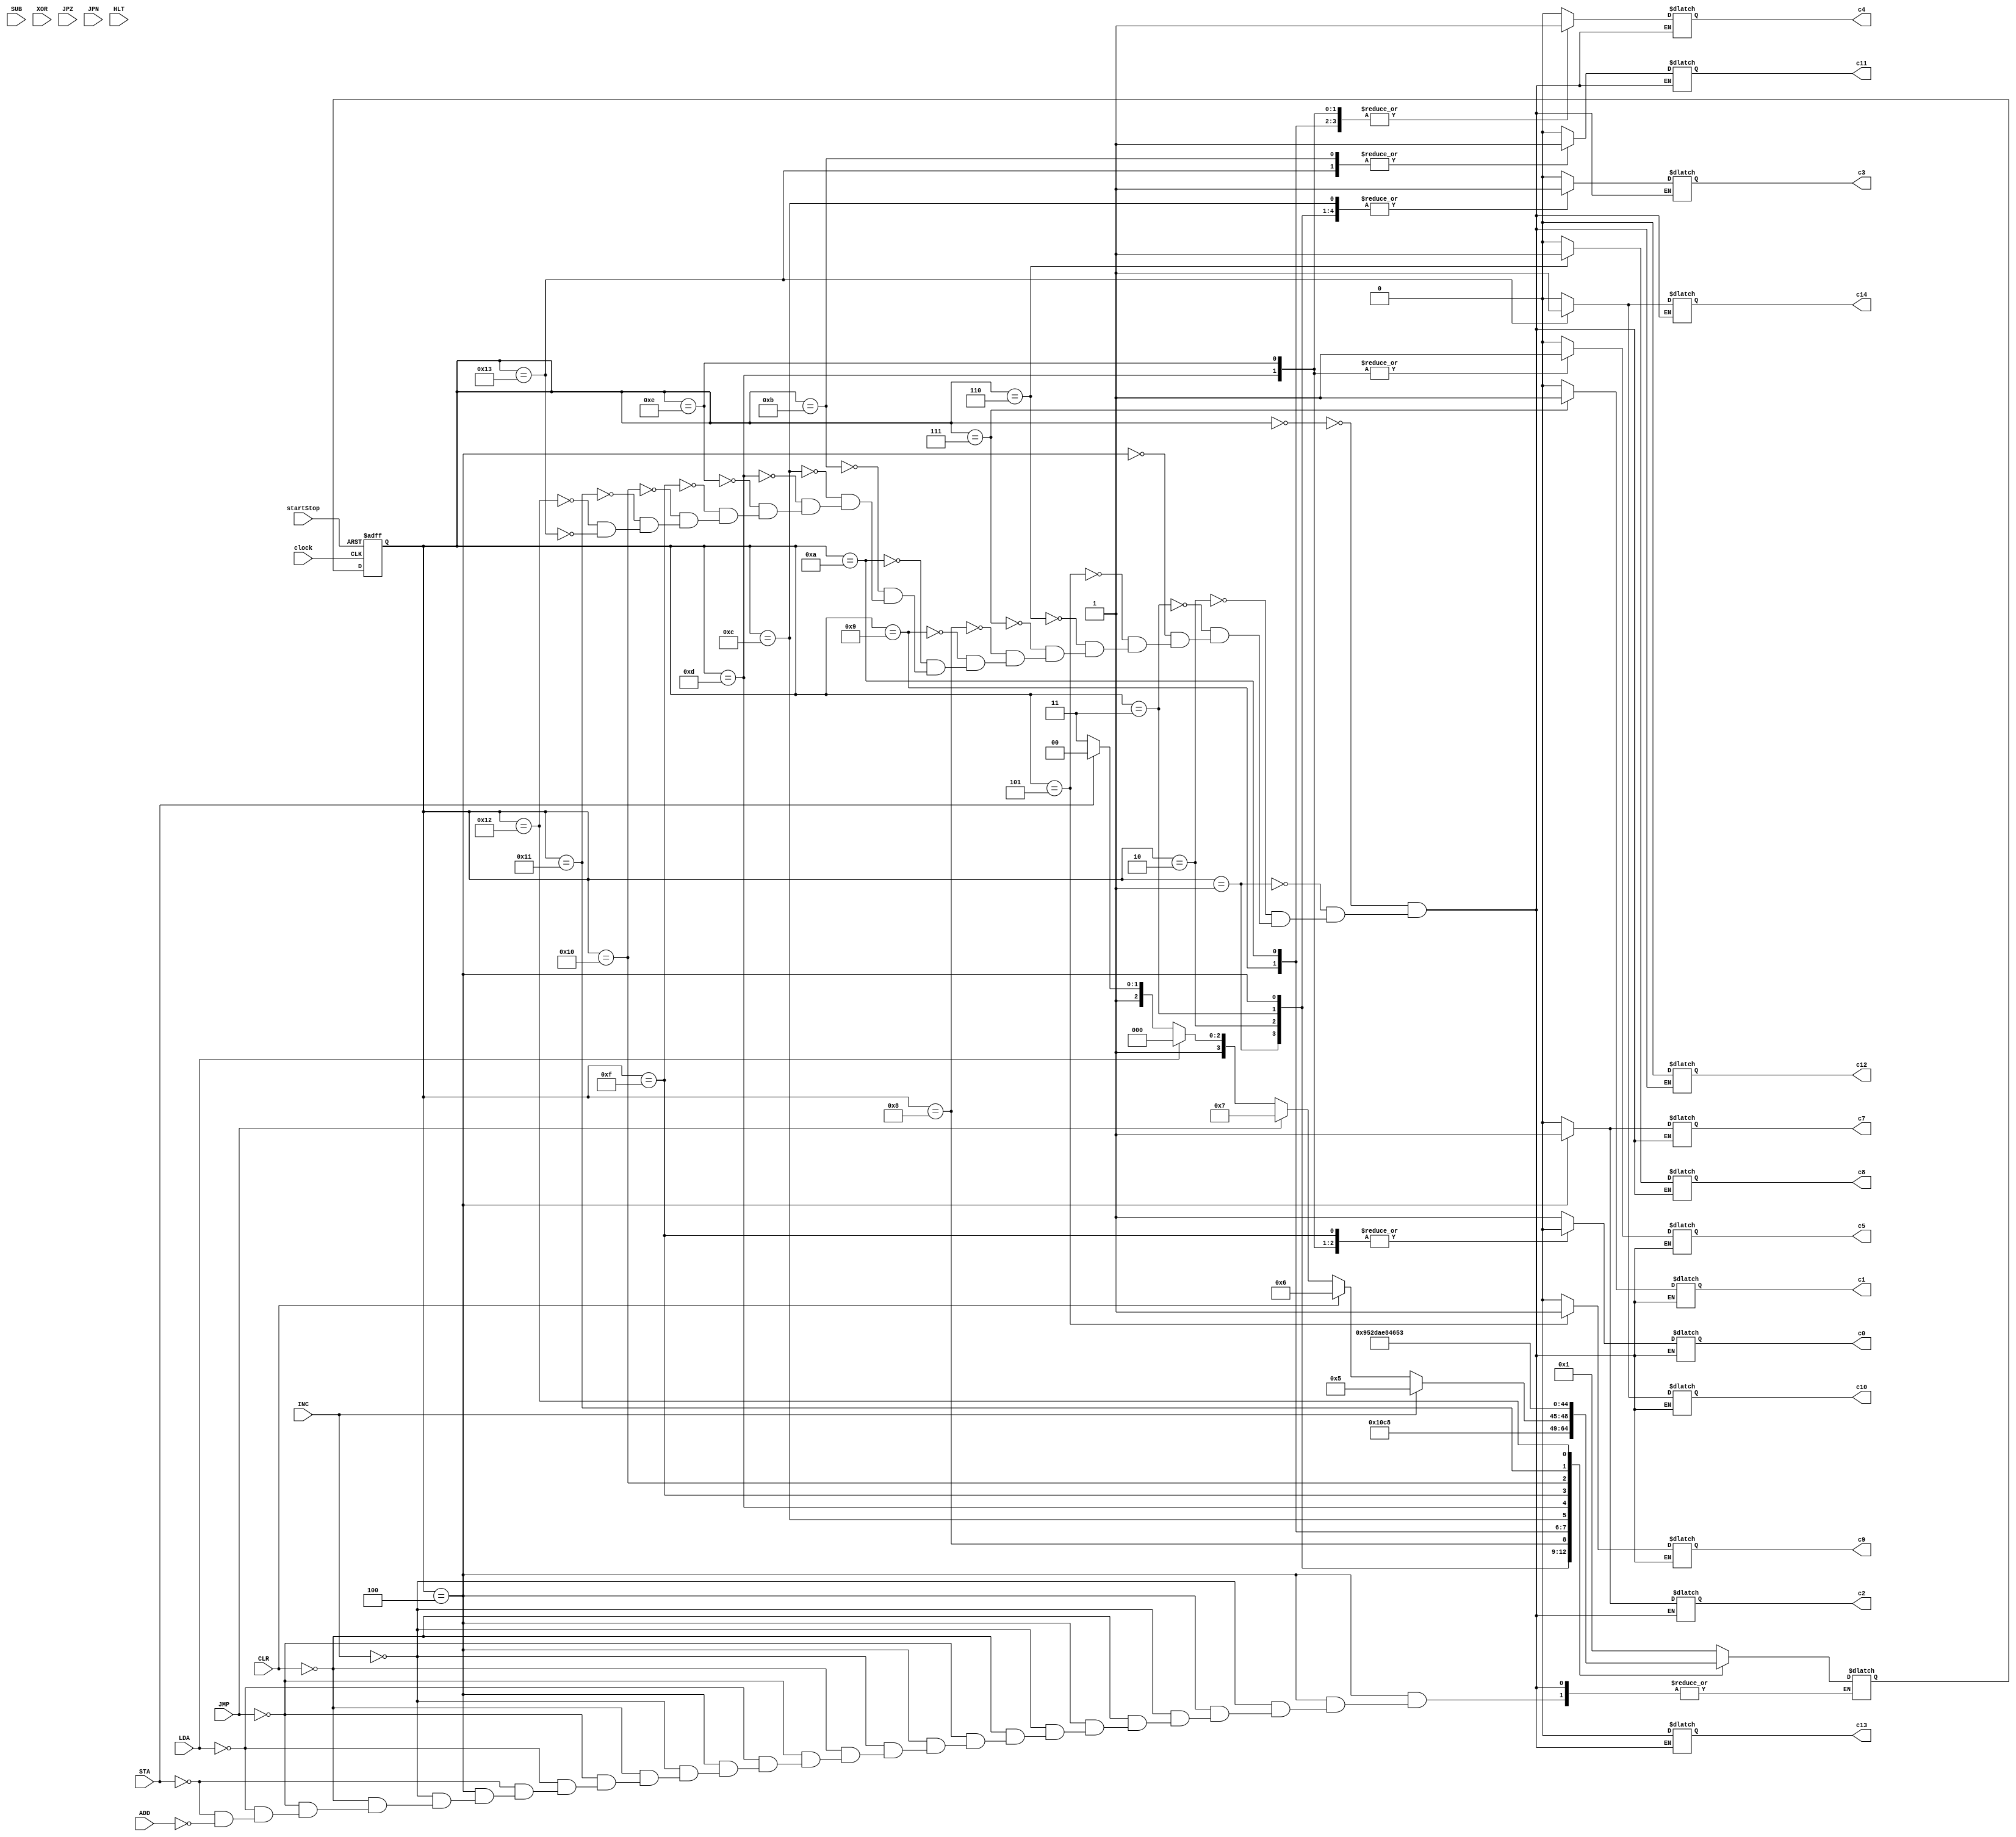
module controller(
	input clock, startStop, 
	input LDA, STA, ADD, SUB, XOR, INC, CLR, JMP, JPZ, JPN, HLT,
	output reg c0, c1, c2, c3, c4, c7, c8, c9, c5, c10, c11, c12, c13, c14
);
	reg [4:0] state, nextstate;
	parameter A=5'b00000, B=5'b00001, C=5'b00010, D=5'b00011, E=5'b00100, F=5'b00101, G=5'b00110, H=5'b00111, I=5'b01000, J=5'b01001,
				 K=5'b01010, L=5'b01011, M=5'b01100, N=5'b01101, O=5'b01110, P=5'b01111, Q=5'b10000, R=5'b10001, S=5'b10010, T=5'b10011,
				 U=5'b10100, V=5'b10101;
	always @ (negedge clock, negedge startStop)
		if(startStop == 1'b0)
			state <= A;
		else
			state <= nextstate;
	always @ (state, LDA, STA, ADD, INC, CLR, JMP)
		case(state)
			A: begin {c0, c1, c2, c3, c4, c7, c8, c9, c5, c10, c11, c12, c13, c14} = 14'b10000000000000; nextstate = B; end
			B: begin {c0, c1, c2, c3, c4, c7, c8, c9, c5, c10, c11, c12, c13, c14} = 14'b00010000000000; nextstate = C; end
			C: begin {c0, c1, c2, c3, c4, c7, c8, c9, c5, c10, c11, c12, c13, c14} = 14'b00011000000000; nextstate = D; end
			D: begin {c0, c1, c2, c3, c4, c7, c8, c9, c5, c10, c11, c12, c13, c14} = 14'b00011000000000; nextstate = E; end
			E: begin {c0, c1, c2, c3, c4, c7, c8, c9, c5, c10, c11, c12, c13, c14} = 14'b00110100000000;
				if(INC) nextstate = F;
					else if(CLR) nextstate = G;
						else if(JMP) nextstate = H;
							else if(LDA) nextstate = I;
								else if(STA) nextstate = M;
									else if(ADD) nextstate = P; end
			F:	begin {c0, c1, c2, c3, c4, c7, c8, c9, c5, c10, c11, c12, c13, c14} = 14'b00000001000000; nextstate = B; end
			G: begin {c0, c1, c2, c3, c4, c7, c8, c9, c5, c10, c11, c12, c13, c14} = 14'b00000010000000; nextstate = B; end
			H: begin {c0, c1, c2, c3, c4, c7, c8, c9, c5, c10, c11, c12, c13, c14} = 14'b01000000000000; nextstate = B; end
			I: begin {c0, c1, c2, c3, c4, c7, c8, c9, c5, c10, c11, c12, c13, c14} = 14'b00000000000000; nextstate = J; end
			J: begin {c0, c1, c2, c3, c4, c7, c8, c9, c5, c10, c11, c12, c13, c14} = 14'b00001000000000; nextstate = K; end
			K: begin {c0, c1, c2, c3, c4, c7, c8, c9, c5, c10, c11, c12, c13, c14} = 14'b00001000000000; nextstate = L; end
			L: begin {c0, c1, c2, c3, c4, c7, c8, c9, c5, c10, c11, c12, c13, c14} = 14'b00000000001000; nextstate = B; end
			M: begin {c0, c1, c2, c3, c4, c7, c8, c9, c5, c10, c11, c12, c13, c14} = 14'b00010000000000; nextstate = N; end
			N: begin {c0, c1, c2, c3, c4, c7, c8, c9, c5, c10, c11, c12, c13, c14} = 14'b00001000100000; nextstate = O; end
			O: begin {c0, c1, c2, c3, c4, c7, c8, c9, c5, c10, c11, c12, c13, c14} = 14'b00001000100000; nextstate = B; end
			
			P: begin {c0, c1, c2, c3, c4, c7, c8, c9, c5, c10, c11, c12, c13, c14} = 14'b00000000000000; nextstate = Q; end
			Q: begin {c0, c1, c2, c3, c4, c7, c8, c9, c5, c10, c11, c12, c13, c14} = 14'b00001000000000; nextstate = R; end
			R: begin {c0, c1, c2, c3, c4, c7, c8, c9, c5, c10, c11, c12, c13, c14} = 14'b00001000000000; nextstate = S; end
			S: begin {c0, c1, c2, c3, c4, c7, c8, c9, c5, c10, c11, c12, c13, c14} = 14'b00000000000000; nextstate = T; end
			T: begin {c0, c1, c2, c3, c4, c7, c8, c9, c5, c10, c11, c12, c13, c14} = 14'b00000000011001; nextstate = B; end
			//U: begin {c0, c1, c2, c3, c4, c7, c8, c9, c5, c10, c11, c12, c13, c14} = 14'b00000000001000; nextstate = V; end
			//V: begin {c0, c1, c2, c3, c4, c7, c8, c9, c5, c10, c11, c12, c13, c14} = 14'b00000000001000; nextstate = B; end
			
	endcase
endmodule